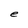
Character: e